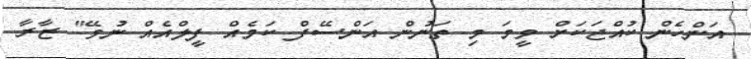
އަންހެން ކުއްޖަކަށް ވީމަ މި ތަނުން އަންސޭފް ކަމެއް ފީލްއެއް ނުވޭ" ޒާރާ